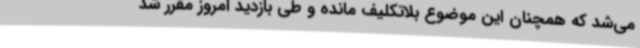
می‌شد که همچنان این موضوع بلاتکلیف مانده و طی بازدید امروز مقرر شد